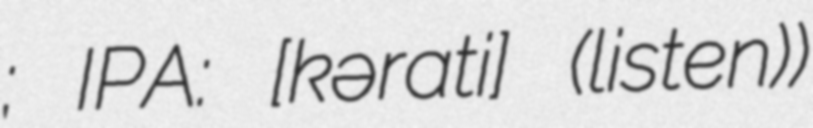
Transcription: ڪراچي; IPA: [kəˈraːtʃi] (listen))